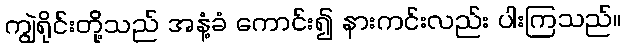
ကျွဲရိုင်းတို့သည် အနံ့ခံ ကောင်း၍ နားကင်းလည်း ပါးကြသည်။